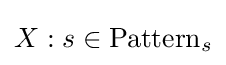
X:s\in \mathrm {Pattern} _{s}